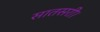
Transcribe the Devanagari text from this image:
सातसरी।